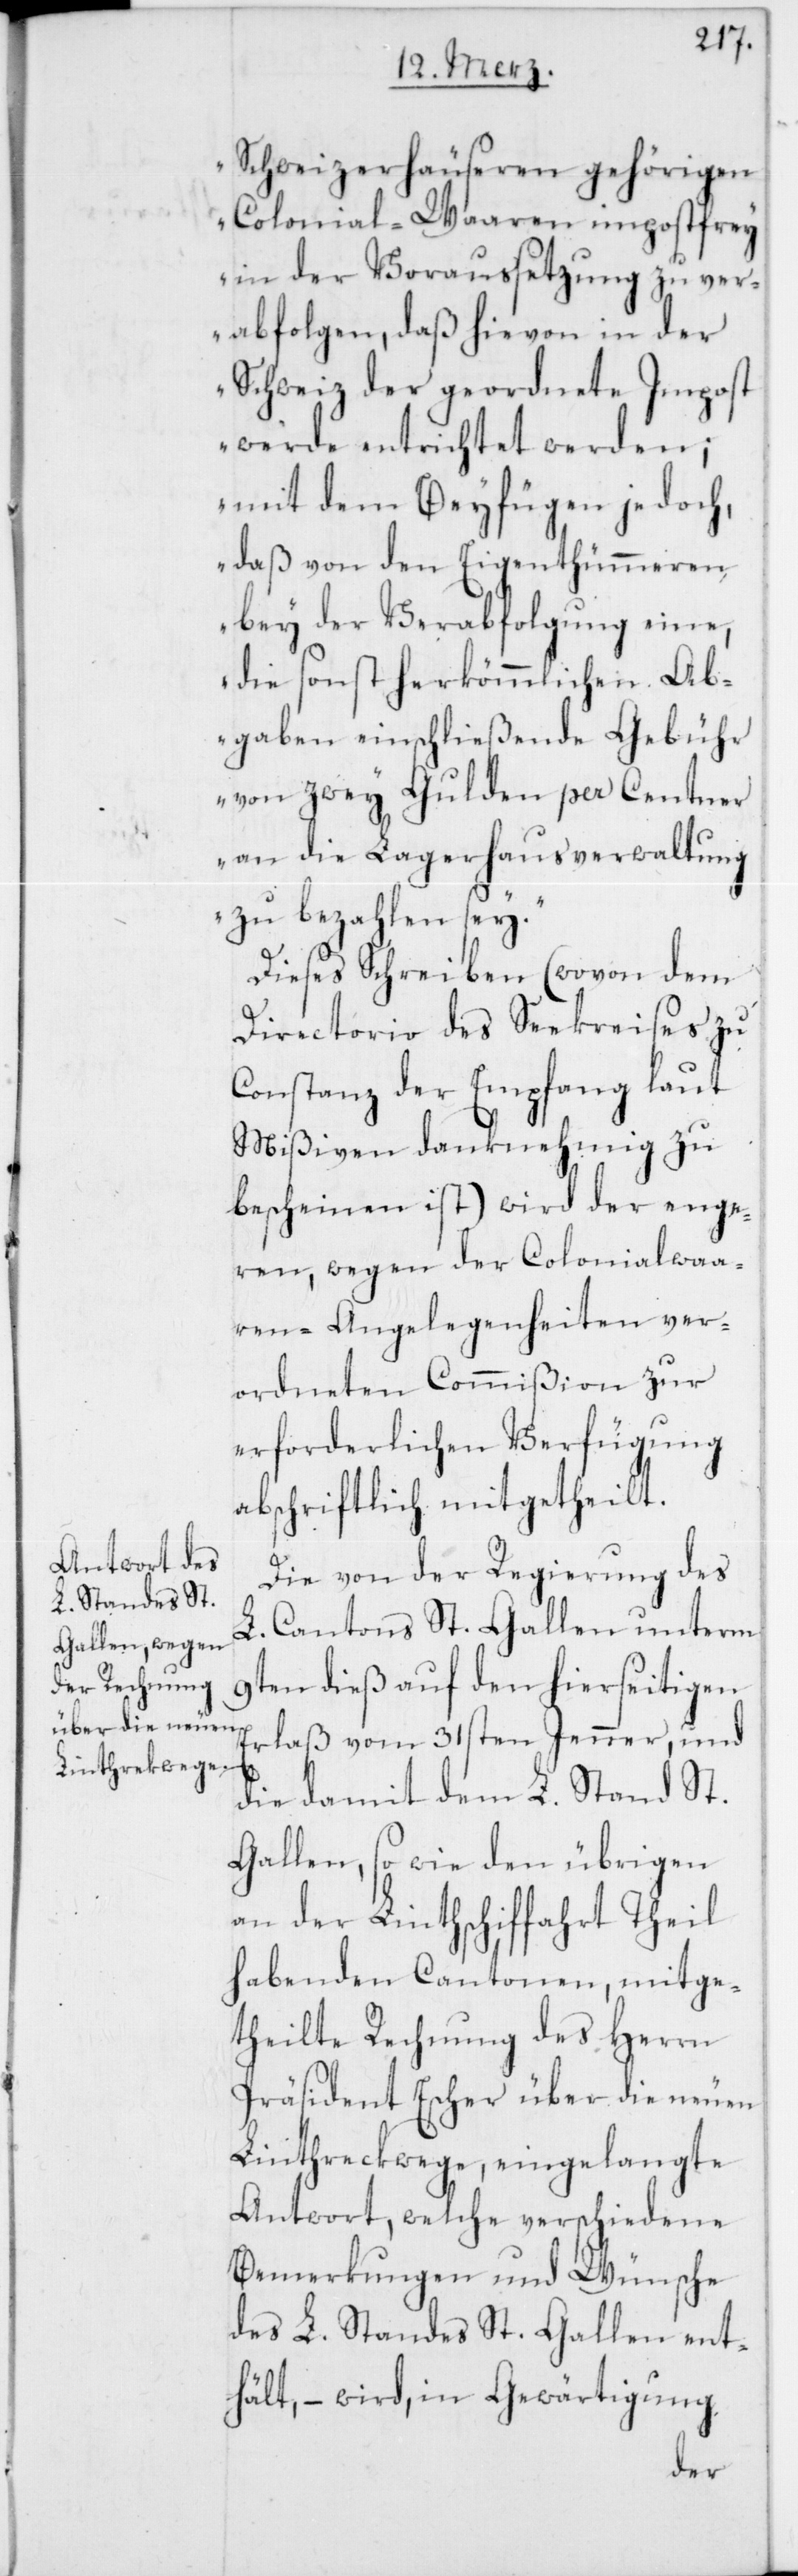
Schweizerhäuseren gehörigen
Colonial-Waaren impostfrey
in der Voraussetzung zu ver¬
abfolgen, daß hievon in der
Schweiz der geordnete Impost
werde entrichtet werden;
mit dem Beyfügen jedoch,
daß von den Eigenthümmeren
bey der Verabfolgung eine,
die sonst herkömmlichen Ab¬
gaben einschließende Gebühr
von zwey Gulden per Centner
an die Lagerhausverwaltung
zu bezahlen sey.“
Dieses Schreiben (wovon dem
Directorio des Seekreises zu
Constanz der Empfang laut
Mißiven danknehmig zu
bescheinen ist) wird der enge¬
ren, wegen der Colonialwaa¬
ren-Angelegenheiten ver¬
ordneten Commißion zur
erforderlichen Verfügung
abschriftlich mitgetheilt.
Die von der Regierung des
L. Cantons St. Gallen unterm
9ten dieß auf den hierseitigen
Erlaß vom 31sten Jenner, und
die damit dem L. Stand St.
Gallen, so wie den übrigen
an der Linthschiffahrt Theil
habenden Cantonen, mitge¬
theilte Rechnung des Herrn
Präsident Escher über die neuen
Linthreckwege, eingelangte
Antwort, welche verschiedene
Bemerkungen und Wünsche
des L. Standes St. Gallen ent¬
hält, – wird, in Gewärtigung